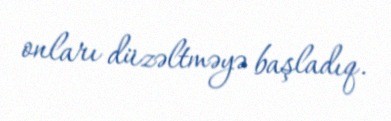
onları düzəltməyə başladıq.